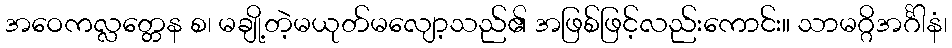
အဝေကလ္လတ္တေန စ၊ မချို့တဲ့မယုတ်မလျော့သည်၏ အဖြစ်ဖြင့်လည်းကောင်း။ သာမဂ္ဂိအင်္ဂါနံ၊